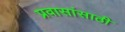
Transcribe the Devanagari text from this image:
प्रवासांसाठी